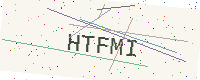
Text: HTFMI